Report of the Bombay Veterinary College
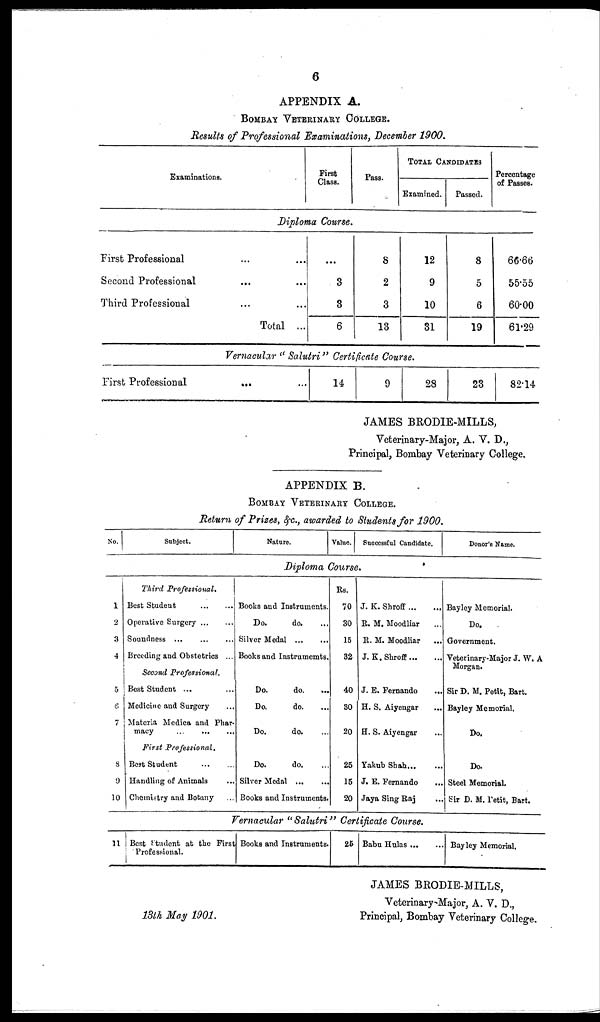
6
APPENDIX A.
BOMBAY VETERINARY COLLEGE.
Results of Professional Examinations, December 1900.
Examinations.
First
Class.
Pass.
TOTAL CANDIDATES
Examined.
Passed.
Percentage
of Passes.
Diploma Course.
First Professional
Second Professional
Third Professional
... ...
...
Total ...
...
3
3
6
8
2
3
13
12
9
10
31
8
5
6
19
66.66
55.55
60.00
61.29
Vernacular " Salutri " Certificate Course.
First Professional
... ...
14
9
28
23
82.14
JAMES BRODIE-MILLS,
Veterinary-Major, A. V. D.,
Principal, Bombay Veterinary College.
APPENDIX B.
BOMBAY VETERINARY COLLEGE.
Return of Prizes, &c., awarded to Students for 1900.
No.
Subject.
Nature.
Value. Successful Candidate.
Donor's Name.
Diploma Course.
Third Professional.
1
2
3
4
5
6
7
8
9
10
Best Student
Operative Surgery
Soundness
Breeding and Obstetrics ...
Second Professional.
Best Student ...
Medicine and Surgery
Materia Medica and Phar-
macy
First Professional.
Best Student
Handling of Animals
Chemistry and Botany
Books and Instruments.
Do.
do.
Silver Medal ...
Books and Instruments.
Do.
do.
...
Do.
do.
Do.
do.
Do.
do.
Silver Medal
Books and Instruments.
Rs.
70
30
15
32
40
30
20
25
15
20
J. K. Shroff
R. M. Moodliar
R. M. Moodliar
J. K. Shroff
J. E. Fernando
...
H. S. Aiyengar
...
H. S. Aiyengar
Yakub Shah
J. E. Fernando
...
Jaya Sing Raj
Bayley Memorial.
Do.
Government.
Veterinary-Major J. W. A
Morgan.
Sir D. M. Petit, Bart.
Bayley Memorial.
Do.
Do.
Steel Memorial.
Sir D. M. Petit, Bart.
Vernacular " Salutri " Certificate Course.
11 Best student at the First
Professional.
Books and Instruments.
25 Babu Hulas ...
Bayley Memorial.
JAMES BRODIE-MILLS,
Veterinary-Major, A. V. D.,
13th May 1901.
Principal, Bombay Veterinary College.